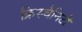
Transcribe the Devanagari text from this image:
क्रिस्चैनिटी